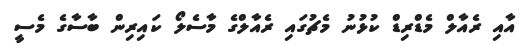
އާއި ރެއާލް މެޑްރިޑް ކުޅުނު މެޗުގައި ރެއާލްގެ މާސެލޯ ކައިރިން ބާސާގެ މެސީ